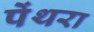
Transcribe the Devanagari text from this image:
पेंथरा